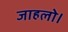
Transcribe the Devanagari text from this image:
जाहलो।